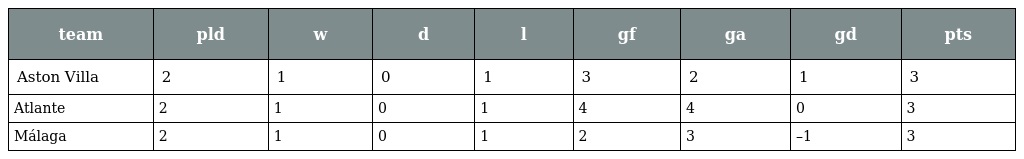
| team | pld | w | d | l | gf | ga | gd | pts |
 | --- | --- | --- | --- | --- | --- | --- | --- | --- |
 | Aston Villa | 2 | 1 | 0 | 1 | 3 | 2 | 1 | 3 |
 | Atlante | 2 | 1 | 0 | 1 | 4 | 4 | 0 | 3 |
 | Málaga | 2 | 1 | 0 | 1 | 2 | 3 | –1 | 3 |